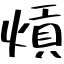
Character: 熕